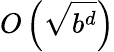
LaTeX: O\left({\sqrt{b^{d}}}\right)